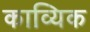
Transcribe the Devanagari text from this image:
काव्यिक